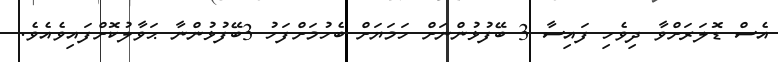
އެސް ޑޮލަރަށްވާ ދިވެހި ފައިސާ 3 ބޭފުޅުންނަށް ހަމަޔަށް ބެހުމަށްފަހު 3ބޭފުޅުންނާ ޙަވާލުކޮށްފައިވެއެވެ.